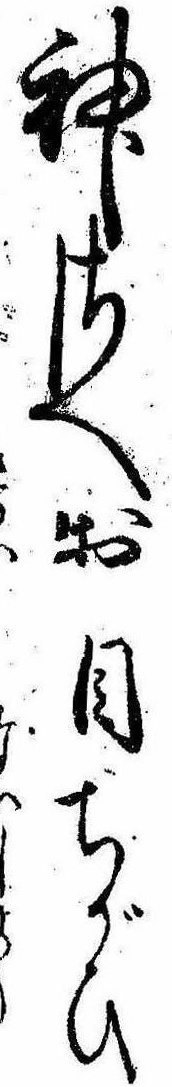
神さへお目ちがひ